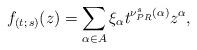
LaTeX: \begin{align*}f_{(t;\, s)}(z) =\sum_{\alpha\in A}\xi_\alpha t^{\nu^s_{PR}(\alpha )} z^{\alpha},\end{align*}